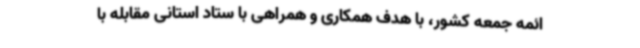
ائمه‌ جمعه‌ کشور، با هدف همکاری و همراهی با ستاد استانی مقابله با